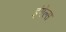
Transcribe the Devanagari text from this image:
इंगेल्स